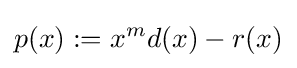
p(x):=x^{m}d(x)-r(x)